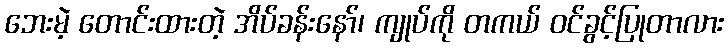
ဘေးမဲ့ တောင်းထားတဲ့ အိပ်ခန်းနော်၊ ကျုပ်ကို တကယ် ဝင်ခွင့်ပြုတာလား